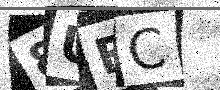
Text: 8UFC